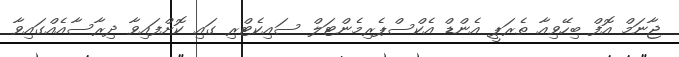
ޖާނަމް އޮފް ބިހޭވިއާ ތެރަޕީ އެންޑް އެކްސްޕެރިމެންޓަލް ސައިކެޓްރި ގައި ކޮށްފައިވާ ދިރާސާއެއްގައިވާ